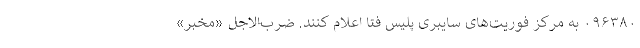
۰۹۶۳۸۰ به مرکز فوریت‌های سایبری پلیس فتا اعلام کنند. ضرب‌الاجل «مخبر»